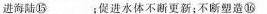
进海陆⑮___；促进水体不断更新；不断塑造⑯___